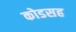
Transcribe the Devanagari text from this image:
कोडसह